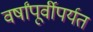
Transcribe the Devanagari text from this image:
वर्षांपूर्वीपर्यत